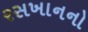
રસખાનનો